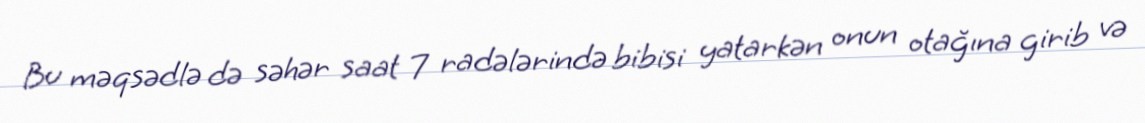
Bu məqsədlə də səhər saat 7 radələrində bibisi yatarkən onun otağına girib və